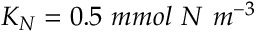
K _ { N } = 0 . 5 ~ m m o l ~ N ~ m ^ { - 3 }